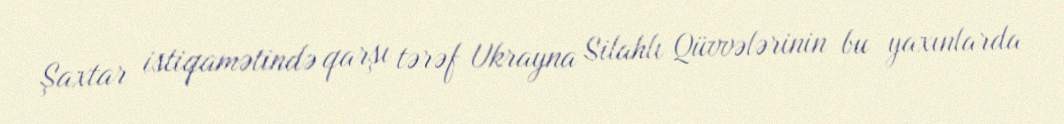
Şaxtar istiqamətində qarşı tərəf Ukrayna Silahlı Qüvvələrinin bu yaxınlarda